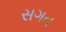
સગત